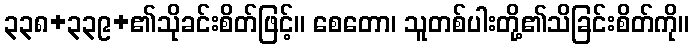
၃၃၈+၃၃၉+၏သိုခင်းစိတ်ဖြင့်။ စေတော၊ သူတစ်ပါးတို့၏သိခြင်းစိတ်ကို။